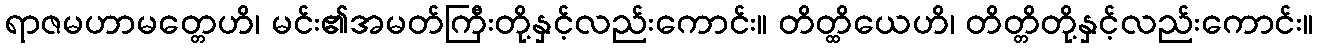
ရာဇမဟာမတ္တေဟိ၊ မင်း၏အမတ်ကြီးတို့နှင့်လည်းကောင်း။ တိတ္ထိယေဟိ၊ တိတ္တိတို့နှင့်လည်းကောင်း။